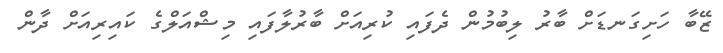
ޒޭބާ ހަށިގަނޑަށް ބާރު ލިބުމުން ދެފައި ކުރިއަށް ބާރުލާފައި މިޝްއަލްގެ ކައިރިއަށް ދާން